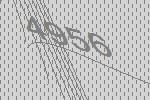
4956